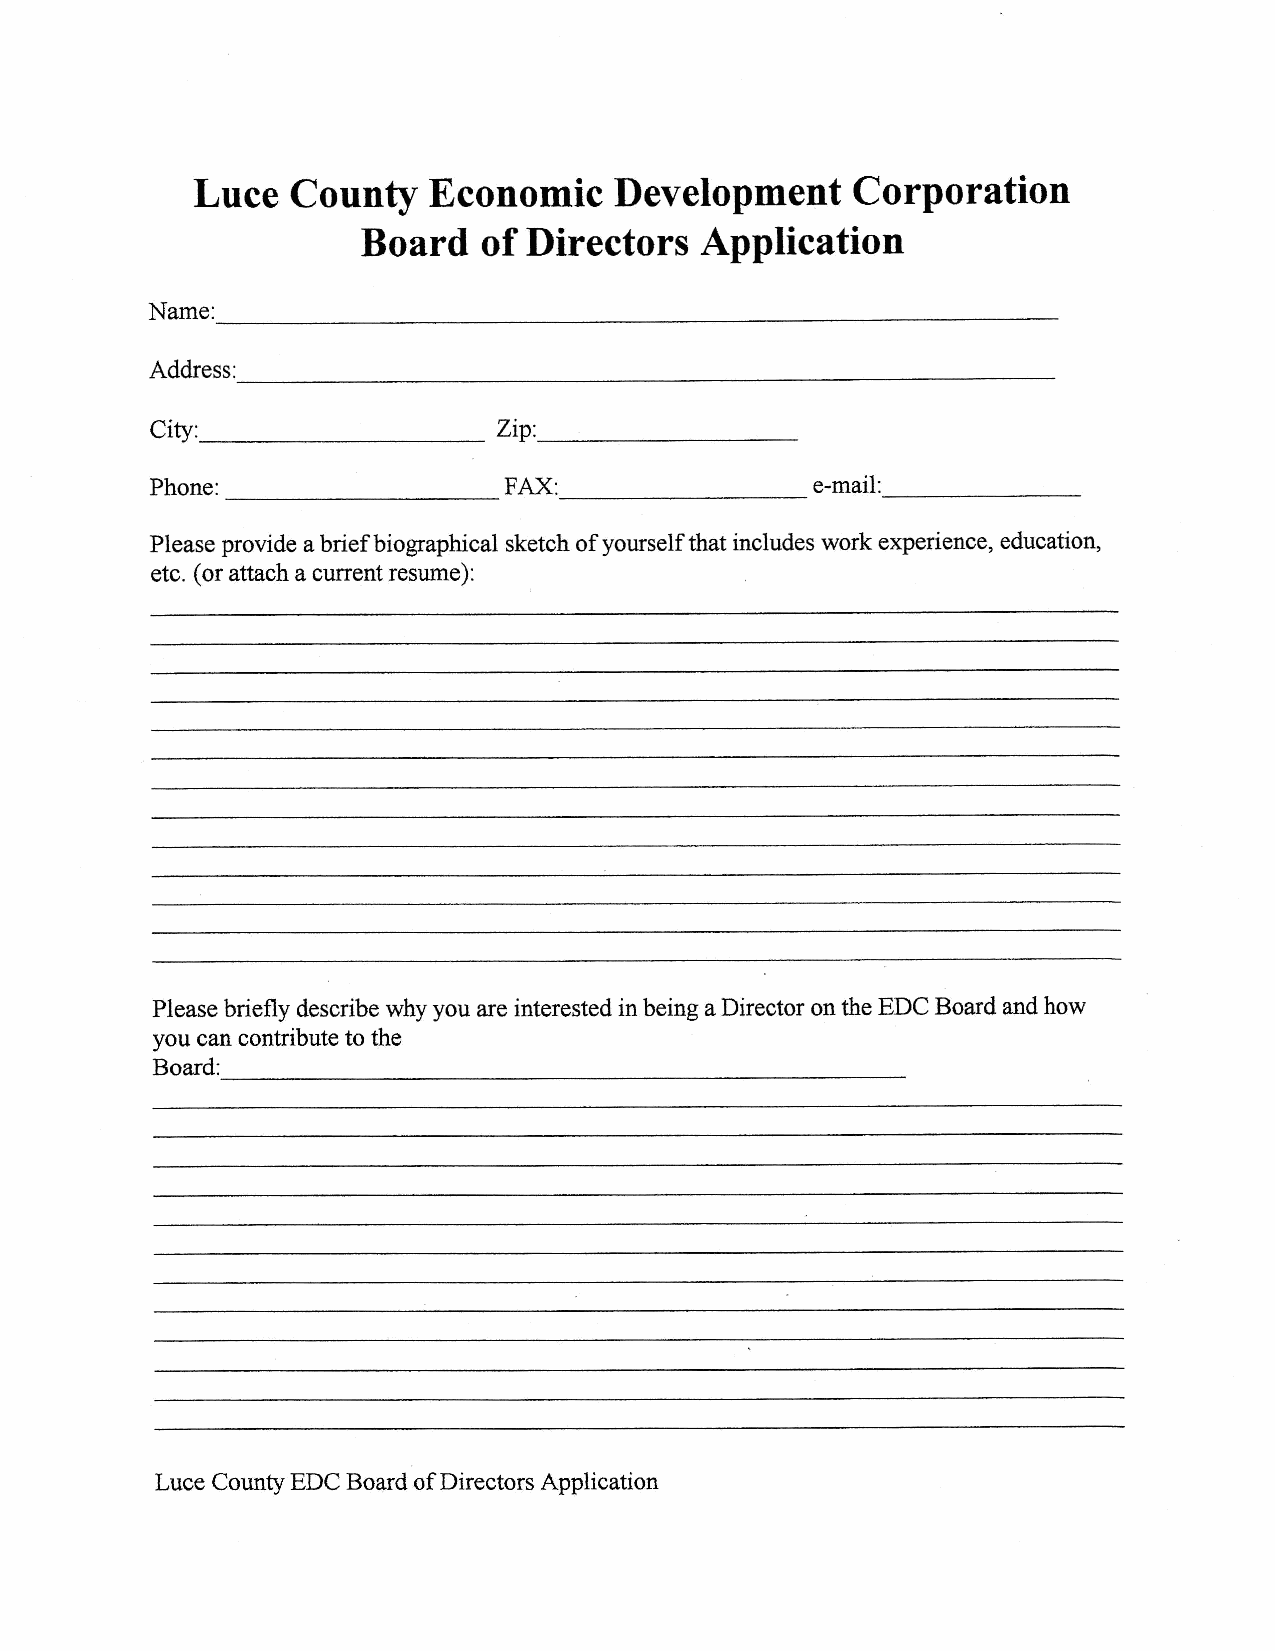
Luce  County   Economic     Development     Corporation
 Board   of Directors  Application
 Name:
 City:                  zip:
 Phone:                 FAX:                 e-mail:
 Please provide a brief biogaphical sketch of yourself that includes work experience, education,
 etc. (or attach a current resume):
 Please briefly describe why you are interested in being a Director on the EDC Board and how
 you can contribute to the
 Board:
 Luce County EDC Board of Directors Application